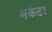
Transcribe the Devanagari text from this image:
मेर्केटर